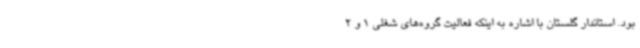
بود. استاندار گلستان با اشاره به اینکه فعالیت گروه‌های شغلی 1 و 2